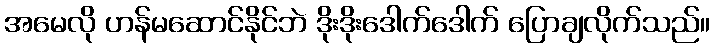
အမေလို ဟန်မဆောင်နိုင်ဘဲ ဒိုးဒိုးဒေါက်ဒေါက် ပြောချလိုက်သည်။